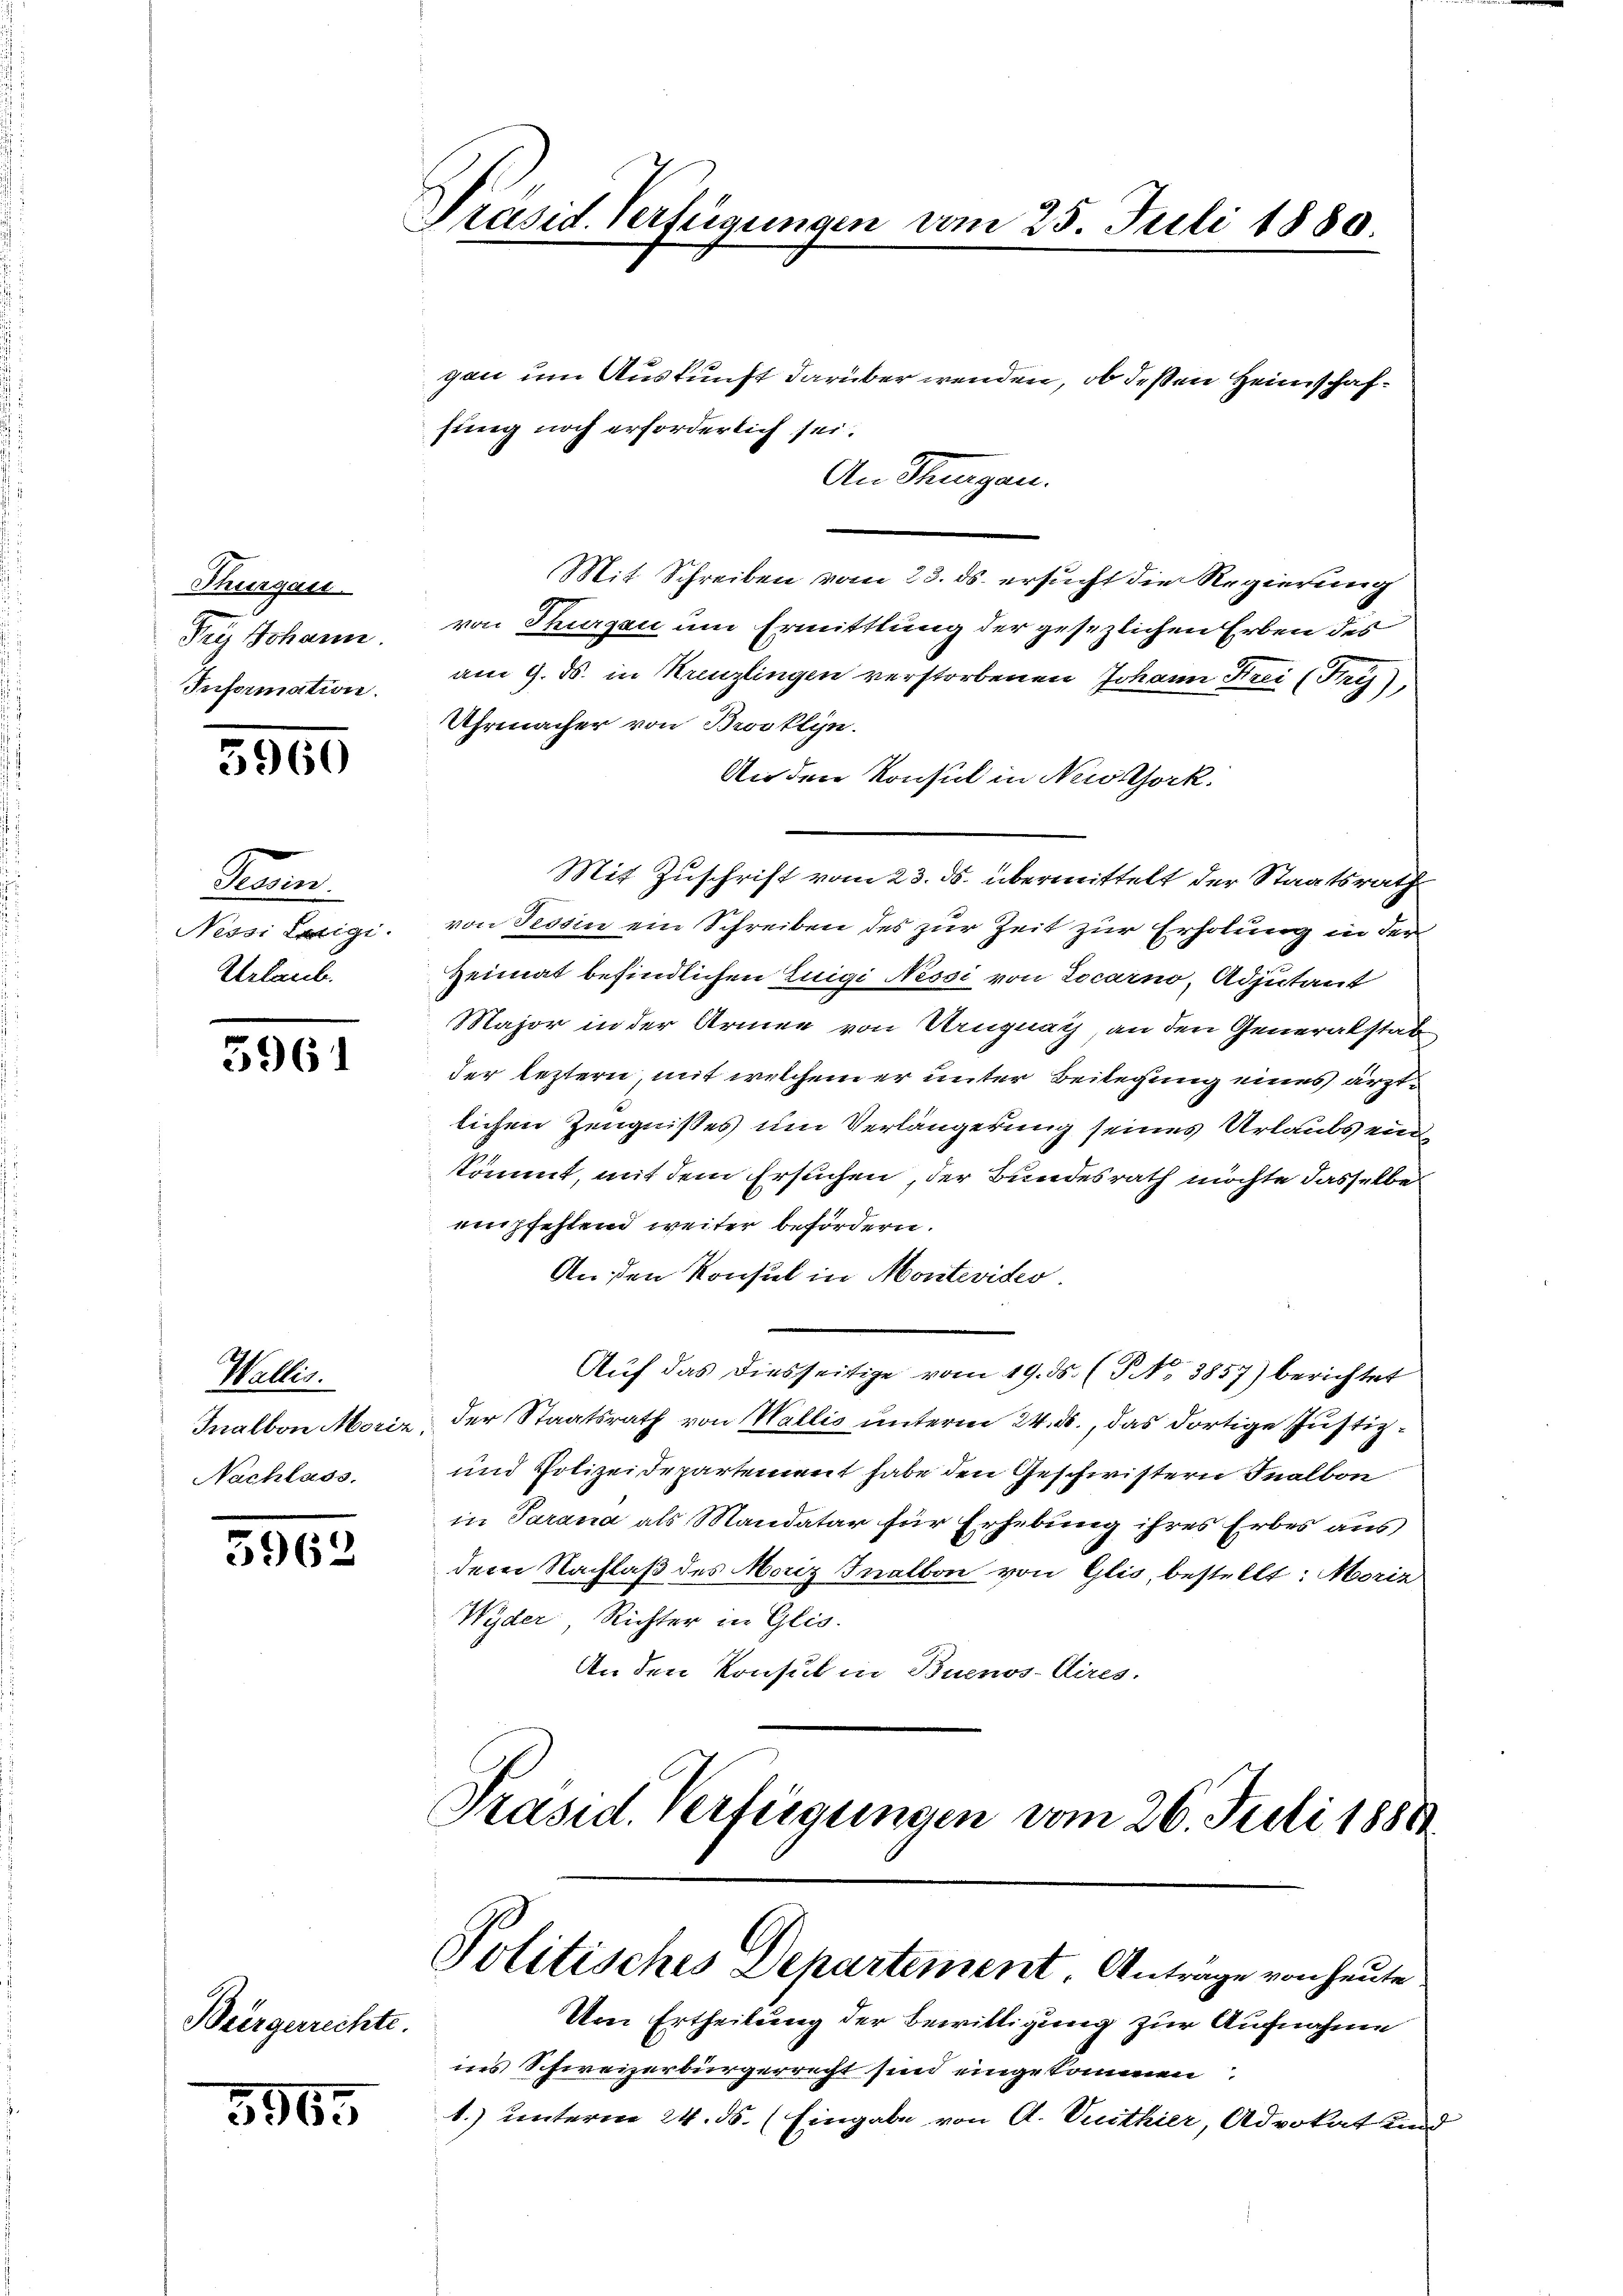
Thurgau.
Feÿ Johann.
Information.

5960

Pronn.
Nessi Luigi.
Urlaub.

5961

Wallis.
Nachlass.

5962

Büergerrechte.

5965

Präsid. Verfügungen vom 25. Juli 1880.

fung noch erforderlich sei.

gau um Auskunft darüber wenden, ob deßen Heimschaf¬
An Thurgau.
Mit Schreiben vom 23. ds. ersucht die Regierung
von Thurgau um Ermittlung der gesezlichen Erben des
am 9. ds. in Kreuzlingen verstorbenen Johann Frei (Fry),
Uhrmacher von Brooklyn.
An den Konsul in Newtork.
Mit Zuschrift vom 23. ds. übermittelt der Staatsrath
von Tessin ein Schreiben des zur Zeit zur Erholung in der
Heimat befindlichen Luigi Nessi von Locarno, Adjutant
Major in der Armee von Uruguay, an den Generalstab
der leztern, mit welchem er unter Beilegung eines ärztlichen Zeugnißes um Verlängerung seines Urlaubs ein
kömmt, mit dem Ersuchen, der Bundesrath möchte dasselbe
empfehlend weiter befördern.
An den Konsul in Montevideo
Auf das diesseitige vom 19. ds. (T NNo. 3857) berichtet
Inalbon Morie, der Staatsrath von Wallis unterm 24. ds., das dortige Justiz¬
und Polizeidepartement habe den Geschwistern Inalbon
in Parana als Mandatar für Erhebung ihres Erbes aus
dem Nachlaß des Moriz Inalbon von Glis, bestellt: Moriz
Wyder Richter in Glis.
An den Konsul in Buenos-Aires.
Präsid. Verfügungen vom 26. Juli 1888

Politisches Departement. Antrage von heute

Um Ertheilung der Bewilligung zur Aufnahme
nes Schweizerbürgerrecht sind eingekommen
1.) unterm 24. ds. (Eingabe von A. Vuithier, Advokat und